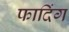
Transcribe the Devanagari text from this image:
फादिंग